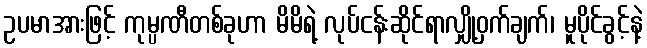
ဥပမာအားဖြင့် ကုမ္ပဏီတစ်ခုဟာ မိမိရဲ့ လုပ်ငန်းဆိုင်ရာလျှို့ဝှက်ချက်၊ မူပိုင်ခွင့်နဲ့